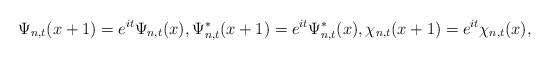
\begin{align*}\Psi_{n,t}(x+1)=e^{it}\Psi_{n,t}(x),\Psi_{n,t}^{\ast}(x+1)=e^{it}\Psi_{n,t}^{\ast}(x),\chi_{n,t}(x+1)=e^{it}\chi_{n,t}(x),\end{align*}